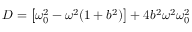
D = \left[ \omega _ { 0 } ^ { 2 } - \omega ^ { 2 } ( 1 + b ^ { 2 } ) \right] + 4 b ^ { 2 } \omega ^ { 2 } \omega _ { 0 } ^ { 2 }